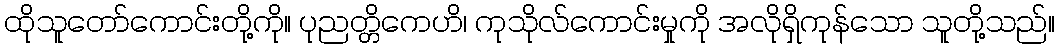
ထိုသူတော်ကောင်းတို့ကို။ ပုညတ္တိကေဟိ၊ ကုသိုလ်ကောင်းမှုကို အလိုရှိကုန်သော သူတို့သည်။